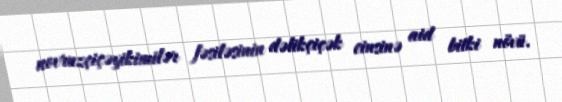
novruzçiçəyikimilər fəsiləsinin dəlikçiçək cinsinə aid bitki növü.